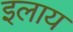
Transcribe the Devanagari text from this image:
इलाय